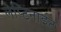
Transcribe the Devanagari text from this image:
लेप्टिनाईट